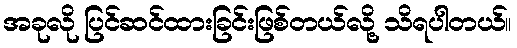
အခုလို ပြင်ဆင်ထားခြင်းဖြစ်တယ်လို့ သိရပါတယ်။